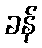
ခန်